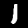
Digit: 1